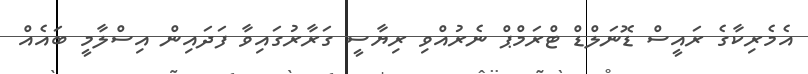
އެމެރިކާގެ ރައީސް ޑޮނަލްޑް ޓްރަމްޕް ނެރުއްވި ރިޔާސީ ގަރާރުގައިވާ ފަދައިން އިސްލާމީ ބައެއް